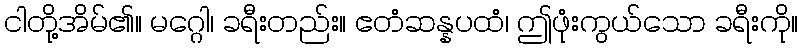
ငါတို့အိမ်၏။ မဂ္ဂေါ၊ ခရီးတည်း။ ဧတံဆန္နပထံ၊ ဤဖုံးကွယ်သော ခရီးကို။